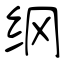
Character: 纲